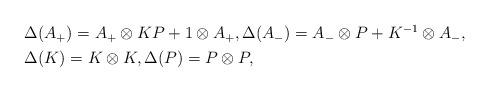
\begin{align*}\begin{aligned} &\Delta(A_{+})=A_{+}\otimes KP+1\otimes A_{+},\Delta(A_{-})=A_{-}\otimes P+K^{-1}\otimes A_{-}, \\ &\Delta(K)=K\otimes K,\Delta(P)=P\otimes P,\end{aligned} \end{align*}